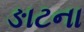
ઙાટના